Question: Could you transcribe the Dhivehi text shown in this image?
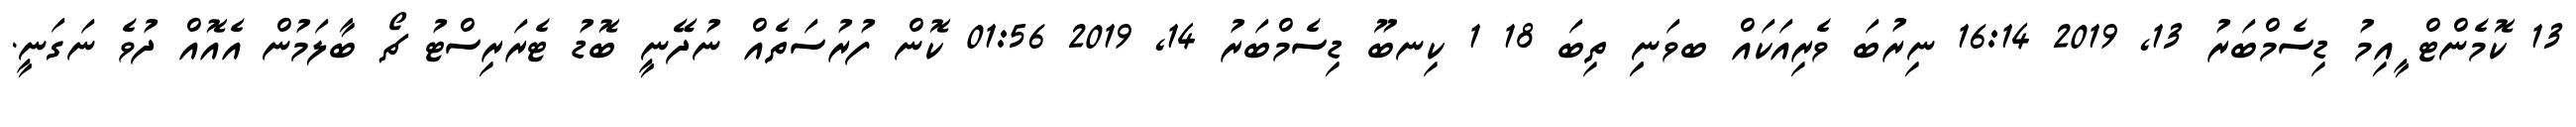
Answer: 13 ކޮމެންޓް ީއިމު ޑިސެމްބަރު 13, 2019 16:14 ނިރުބަ ވެރިއަކައް ބވަނިި ތިބަ 18 1 ކިނބޫ ޑިސެމްބަރު 14, 2019 01:56 ކޮން ފުރުސަތެއް ނުދޭނީ ބޮޑު ޓެރަރިސްޓު ޗޯ ބާލަމުން އެއޮއް ދުވެ ނަގަނީ.